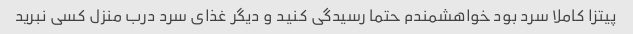
پیتزا کاملا سرد بود خواهشمندم حتما رسیدگی کنید و دیگر غذای سرد درب منزل کسی نبرید